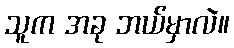
သူက အခု ဘယ်မှာလဲ။